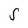
Character: S